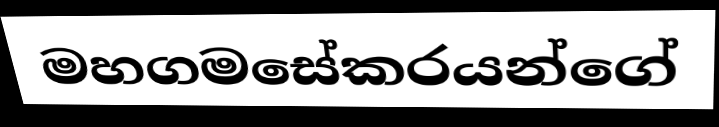
මහගමසේකරයන්ගේ